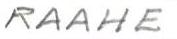
RAAHE